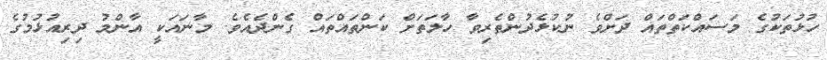
ހުޅުތަކުގެ މަސައްކަތްތައް ދަށްވެ ނުކުޅެދުންތެރިވާ ހާލަތަށް ކަންތައްތައް ގެންދެއެވެ. މާނައަކީ އާންމު ދިރިއުޅުމުގެ